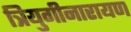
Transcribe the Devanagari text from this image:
त्रियुगीनारायण